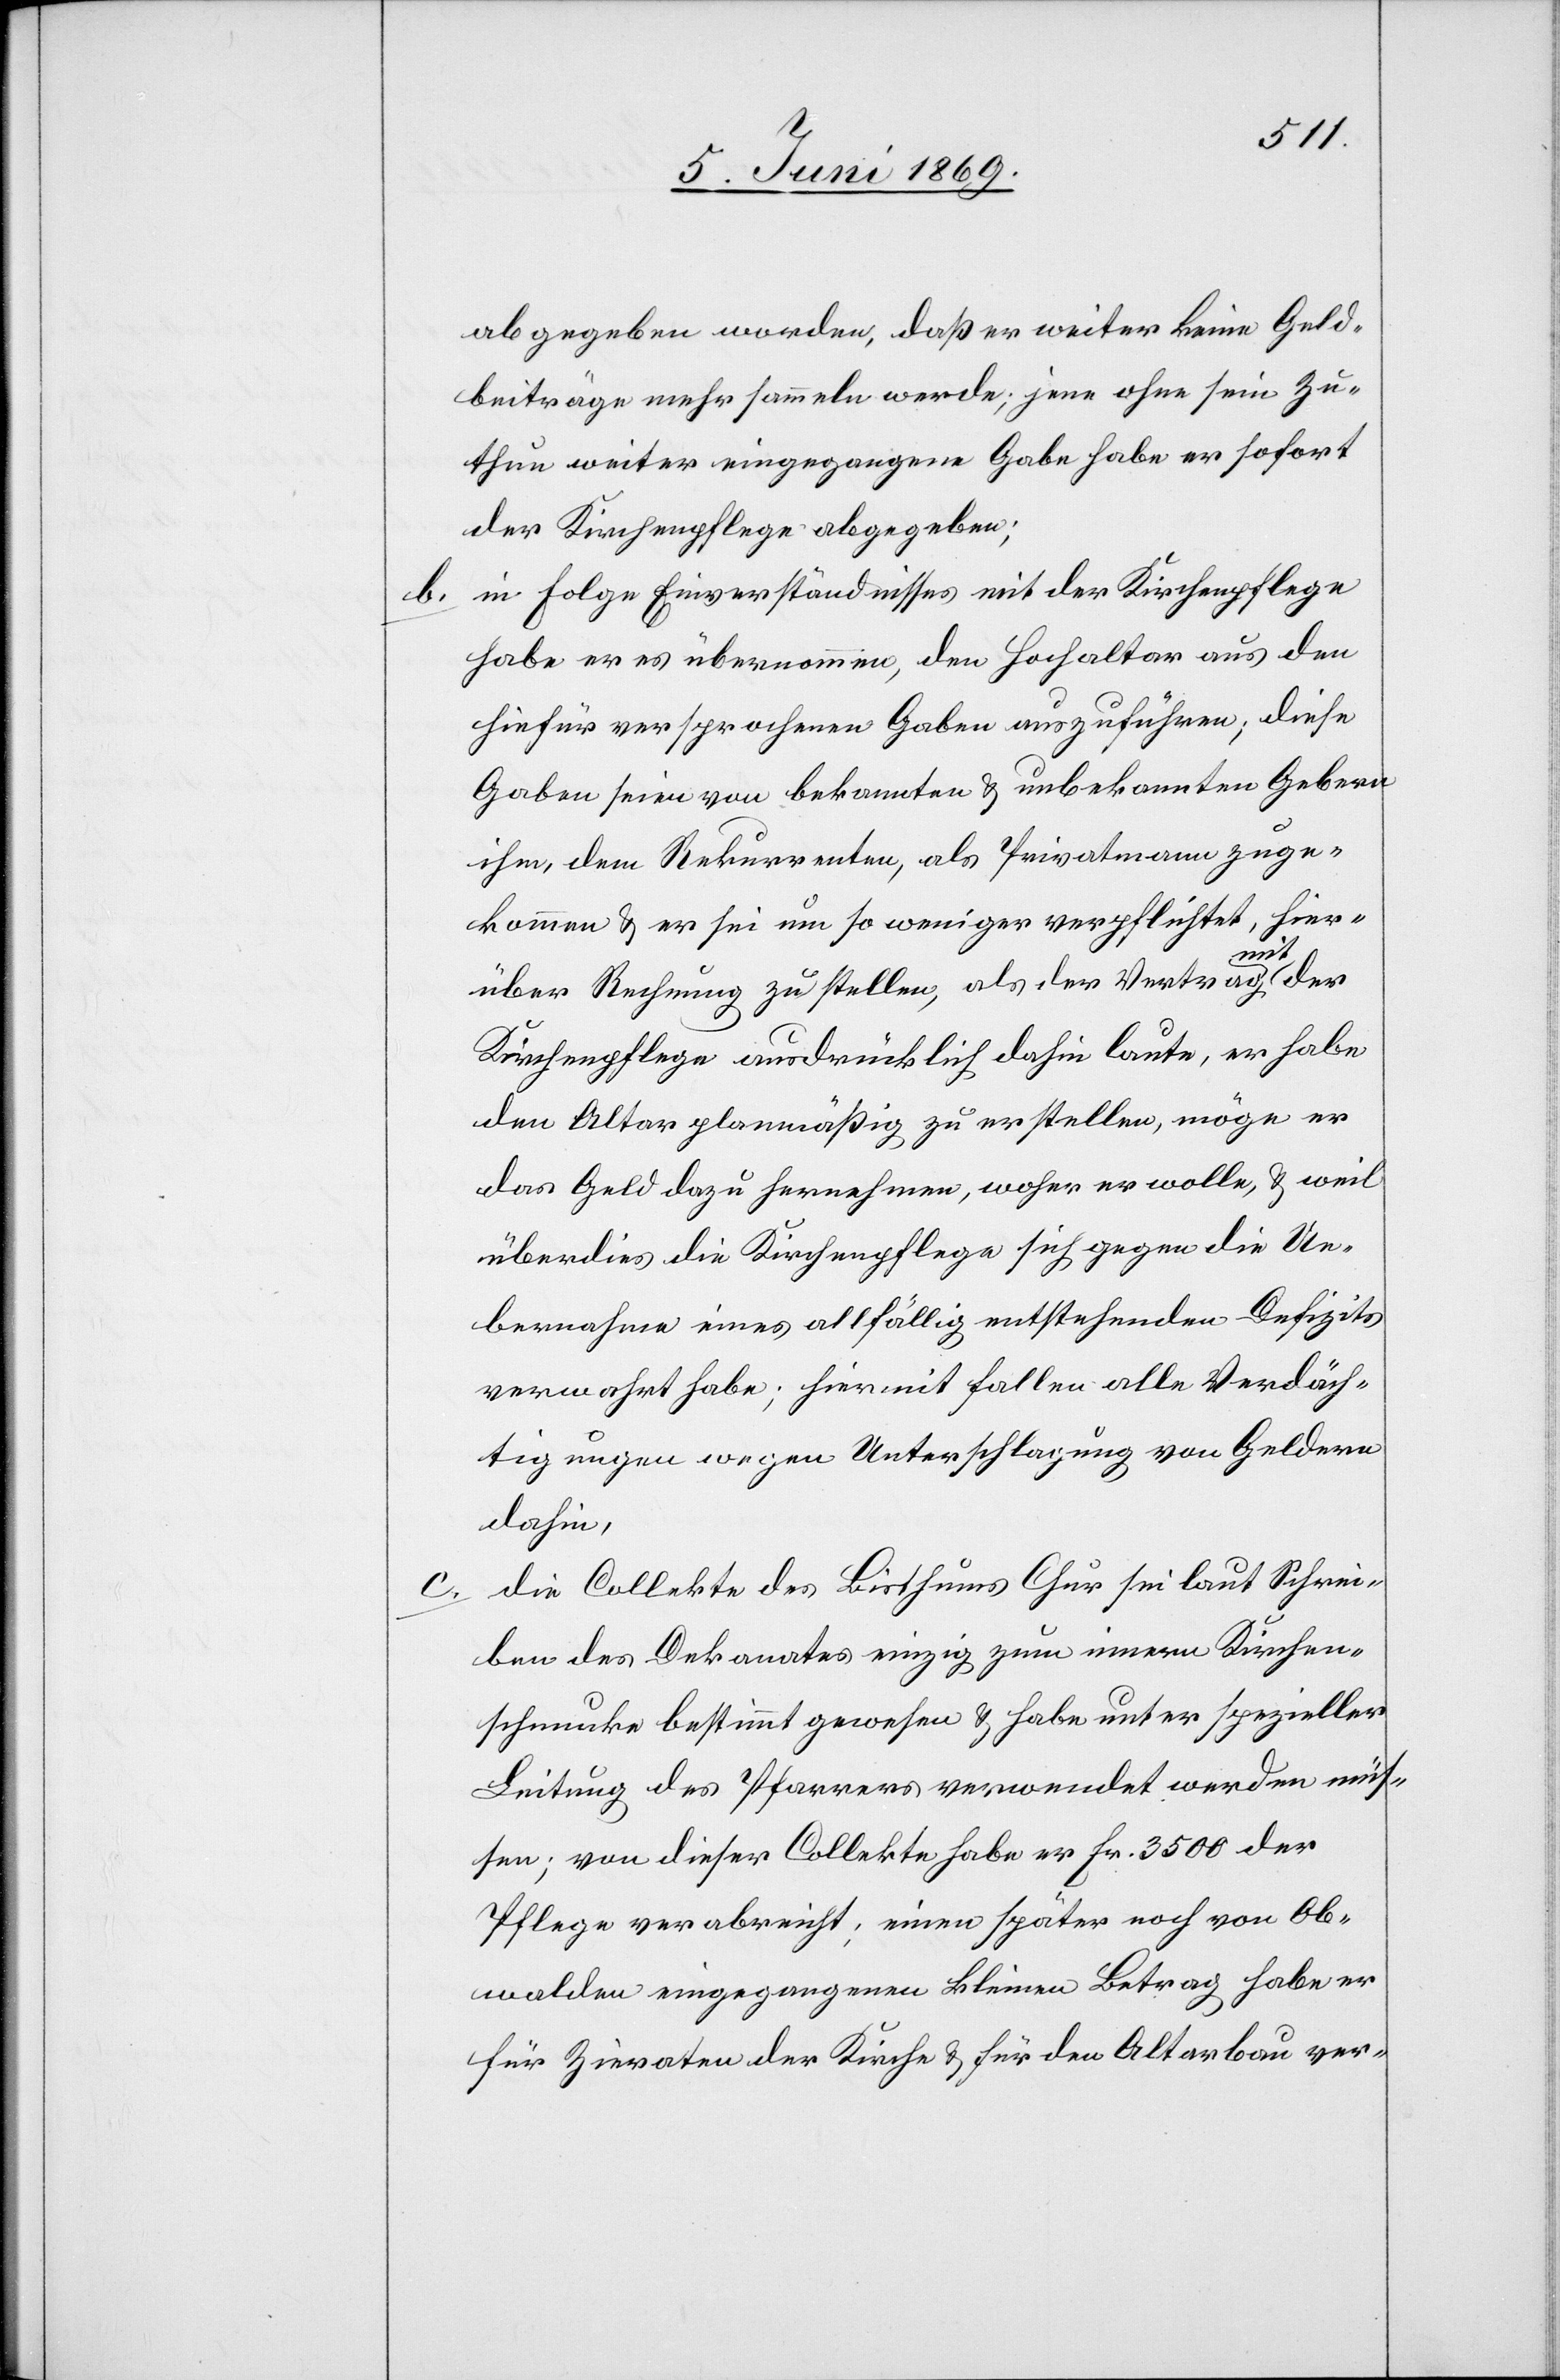
abgegeben worden, daß er weiter kein Geld¬
beiträge mehr sammeln werde; jene ohne sein Zu¬
thun weiter eingegangene Gabe habe er sofort
der Kirchenpflege abgegeben;
b. in Folge Einverständnisses mit der Kirchenpflege
habe er es übernommen, den Hochaltar aus den
hiefür versprochenen Gaben auszuführen; diese
Gaben seien von bekannten u. unbekannten Gebern
ihm, dem Rekurrenten, als Privatmann zuge¬
kommen u. er sei um so weniger verpflichtet, hier¬
mit
der
über Rechnung zustellen, als der Vertrag
Kirchenpflege ausdrücklich dahin laute, er habe
den Altar planmäßig zu erstellen, möge er
das Geld dazu hernehmen, woher er wolle, u .weil
überdies die Kirchenpflege sich gegen die Ue¬
bernahme eines allfällig entstehenden Defizits
verwahrt habe, hiermit fallen alle Verdäch¬
tigungen wegen Unterschlagung von Geldern
dahin,
c. die Collekte des Bisthums Chur sei laut Schrei¬
ben des Dekanates einzig zum innern Kirchen¬
schmucke bestimmt gewesen u. habe unter spezieller
Leitung des Pfarrers verwendet werden müs¬
sen; von dieser Collekte habe er Fr. 3500 der
Pflege verabreicht, einen später noch von Ob¬
walden eingegangenen kleinen Beitrag habe er
für Zieraten der Kirche u. für den Altarbau ver-